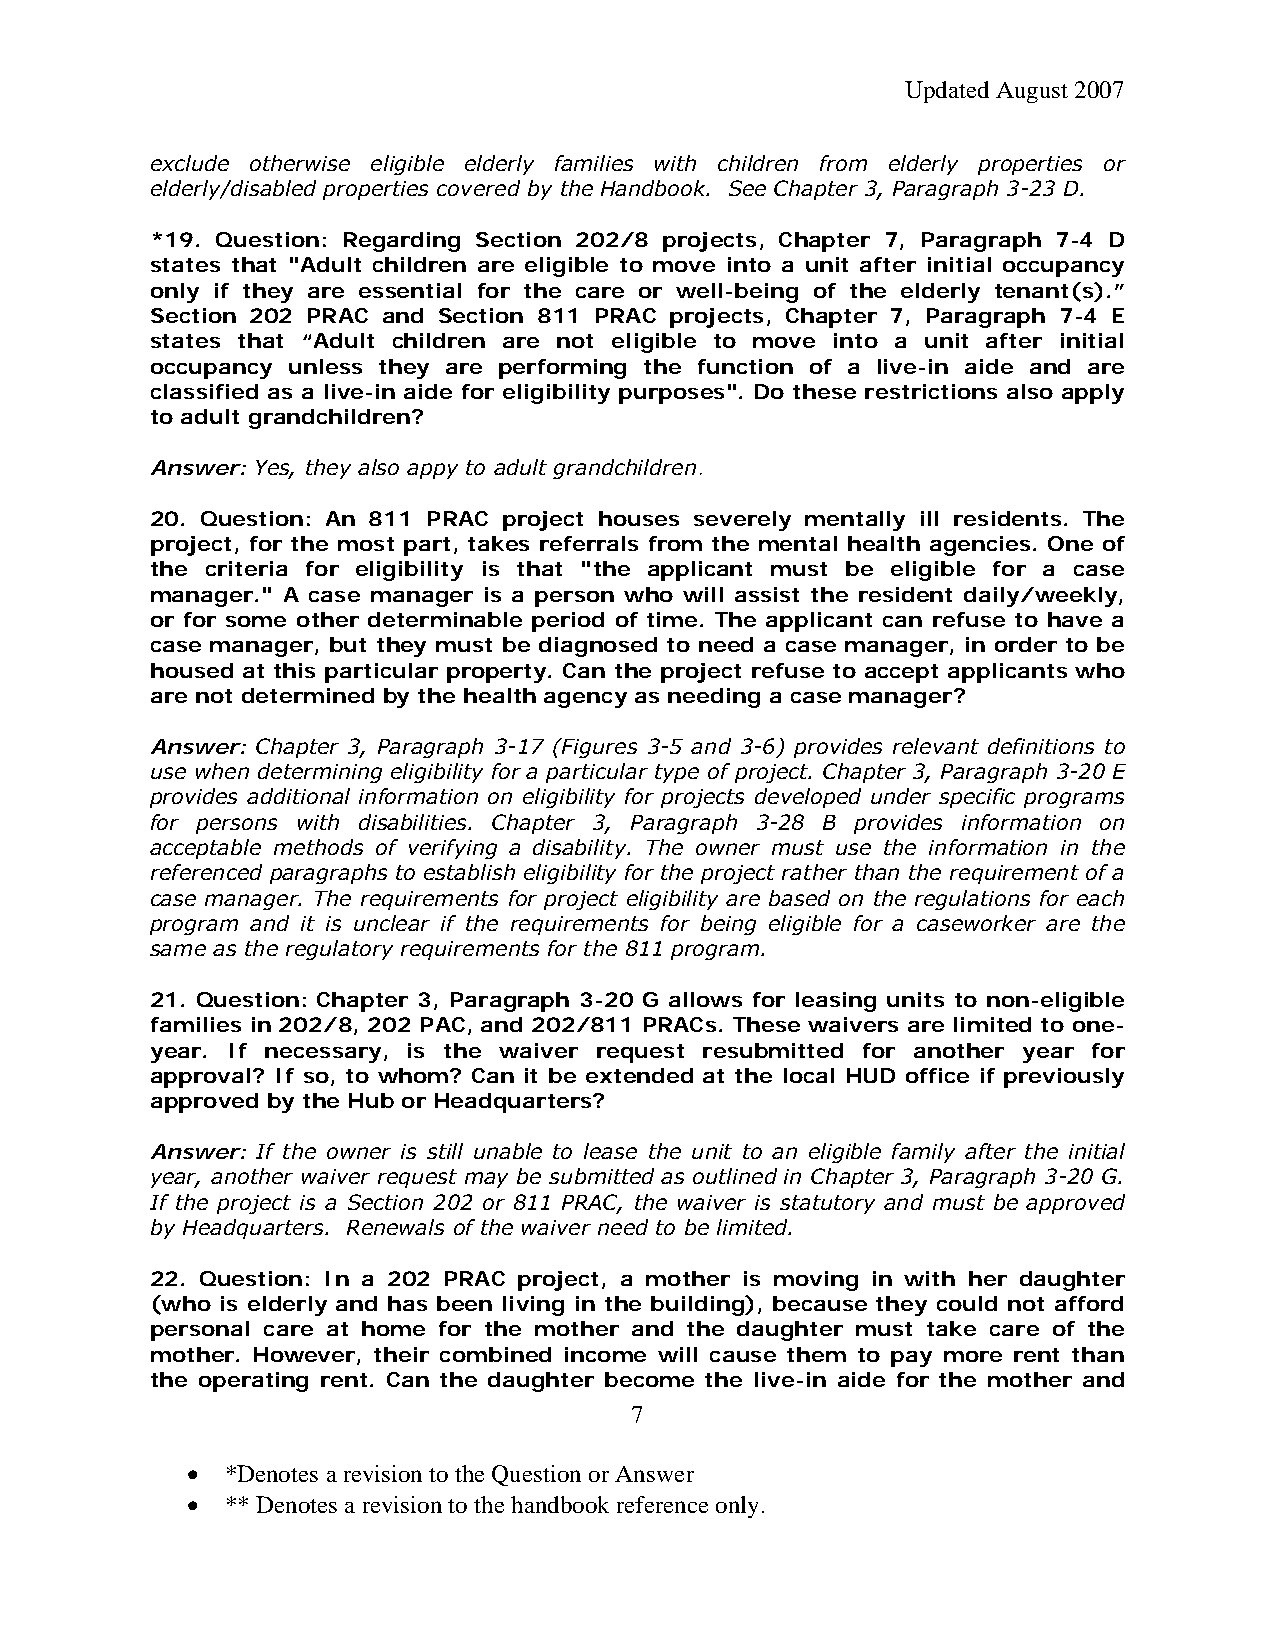
Updated August 2007
 exclude otherwise eligible elderly families with children from elderly properties or
 elderly/disabled properties covered by the Handbook. See Chapter 3, Paragraph 3-23 D.
 *19. Question: Regarding Section 202/8 projects, Chapter 7, Paragraph 7-4 D
 states that "Adult children are eligible to move into a unit after initial occupancy
 only if they are essential for the care or well-being of the elderly tenant(s).”
 Section 202 PRAC and Section 811 PRAC projects, Chapter 7, Paragraph 7-4 E
 states that “Adult children are not eligible to move into a unit after initial
 occupancy unless they are performing the function of a live-in aide and are
 classified as a live-in aide for eligibility purposes". Do these restrictions also apply
 to adult grandchildren?
 Answer: Yes, they also appy to adult grandchildren.
 20. Question: An 811 PRAC project houses severely mentally ill residents. The
 project, for the most part, takes referrals from the mental health agencies. One of
 the criteria for eligibility is that "the applicant must be eligible for a case
 manager." A case manager is a person who will assist the resident daily/weekly,
 or for some other determinable period of time. The applicant can refuse to have a
 case manager, but they must be diagnosed to need a case manager, in order to be
 housed at this particular property. Can the project refuse to accept applicants who
 are not determined by the health agency as needing a case manager?
 Answer: Chapter 3, Paragraph 3-17 (Figures 3-5 and 3-6) provides relevant definitions to
 use when determining eligibility for a particular type of project. Chapter 3, Paragraph 3-20 E
 provides additional information on eligibility for projects developed under specific programs
 for persons with disabilities. Chapter 3, Paragraph 3-28 B provides information on
 acceptable methods of verifying a disability. The owner must use the information in the
 referenced paragraphs to establish eligibility for the project rather than the requirement of a
 case manager. The requirements for project eligibility are based on the regulations for each
 program and it is unclear if the requirements for being eligible for a caseworker are the
 same as the regulatory requirements for the 811 program.
 21. Question: Chapter 3, Paragraph 3-20 G allows for leasing units to non-eligible
 families in 202/8, 202 PAC, and 202/811 PRACs. These waivers are limited to one-
 year. If necessary, is the waiver request resubmitted for another year for
 approval? If so, to whom? Can it be extended at the local HUD office if previously
 approved by the Hub or Headquarters?
 Answer: If the owner is still unable to lease the unit to an eligible family after the initial
 year, another waiver request may be submitted as outlined in Chapter 3, Paragraph 3-20 G.
 If the project is a Section 202 or 811 PRAC, the waiver is statutory and must be approved
 by Headquarters. Renewals of the waiver need to be limited.
 22. Question: In a 202 PRAC project, a mother is moving in with her daughter
 (who is elderly and has been living in the building), because they could not afford
 personal care at home for the mother and the daughter must take care of the
 mother. However, their combined income will cause them to pay more rent than
 the operating rent. Can the daughter become the live-in aide for the mother and
 7
 •  *Denotes a revision to the Question or Answer
 •  ** Denotes a revision to the handbook reference only.